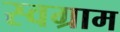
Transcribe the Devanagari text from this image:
स्वग्राम